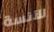
للآنسة